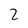
Character: 2